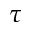
\tau